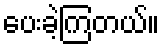
ပေးခဲ့ကြတယ်။